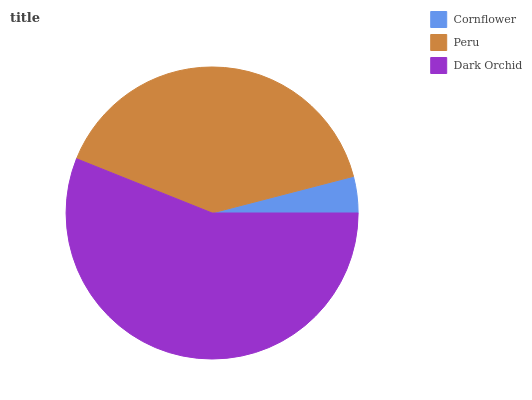
| Cornflower | Peru | Dark Orchid |
 | --- | --- | --- |
 | 4.03% | 39.9% | 56% |